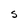
Character: S